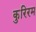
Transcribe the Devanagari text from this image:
कुरिरम